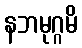
နဘမုဂ္ဂမိ